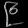
Digit: ၉